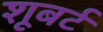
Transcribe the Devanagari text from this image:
शूबर्ट